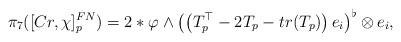
LaTeX: \begin{align*} \pi_7([Cr, \chi]_p^{FN}) = 2 \ast \varphi \wedge \left( \left(T_p^\top - 2 T_p - tr(T_p)\right) e_i\right)^\flat \otimes e_i,\end{align*}